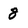
Character: 8